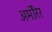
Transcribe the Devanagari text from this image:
अर्मोरेर